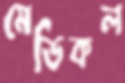
মেডিকল